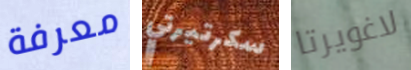
معرفة سكرتيرتي لاغويرتا